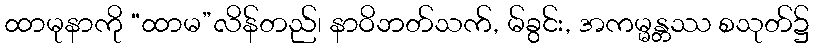
ထာမုနာကို “ထာမ”လိန်တည်၊ နာဝိဘတ်သက်, မ်ခွင်း, အကမ္မန္တဿ စသုတ်၌